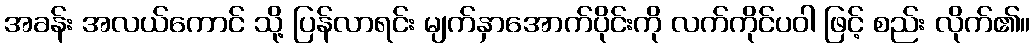
အခန်း အလယ်ကောင် သို့ ပြန်လာရင်း မျက်နှာအောက်ပိုင်းကို လက်ကိုင်ပဝါ ဖြင့် စည်း လိုက်၏။